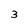
Character: 3